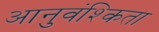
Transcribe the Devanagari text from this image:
आनुवंश्किता